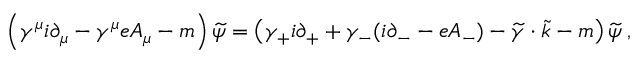
\left( \gamma ^ { \mu } i \partial _ { \mu } - \gamma ^ { \mu } e A _ { \mu } - m \right) \widetilde { \psi } = \left( \gamma _ { + } i \partial _ { + } + \gamma _ { - } ( i \partial _ { - } - e A _ { - } ) - \widetilde { \gamma } \cdot \widetilde { k } - m \right) \widetilde { \psi } \; ,